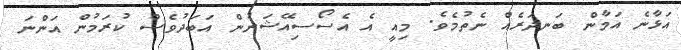
އަޅާނެ އަމާން ބަނދަރެއް ނެތުމެވެ. މިއީ އެ އެސޯސިއޭޝަނުން އަބަދުވެސް ކުރަމުން އަންނަ